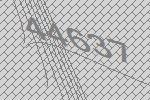
44637